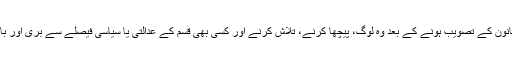
کیوں کہ اس قانون کے تصویب ہونے کے بعد وہ لوگ، پیچھا کرنے، تلاش کرنے اور کسی بھی قسم کے عدالتی یا سیاسی فیصلے سے بری اور بالاتر ہوں گے۔